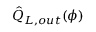
\hat { Q } _ { L , o u t } ( \phi )